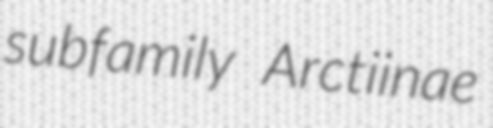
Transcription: subfamily Arctiinae